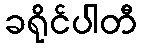
ခရိုင်ပါတီ